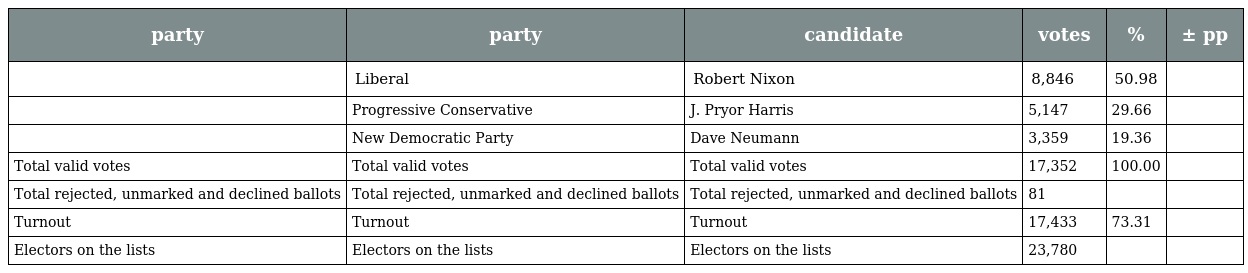
| party | party | candidate | votes | % | ± pp |
 | --- | --- | --- | --- | --- | --- |
 |  | Liberal | Robert Nixon | 8,846 | 50.98 |  |
 |  | Progressive Conservative | J. Pryor Harris | 5,147 | 29.66 |  |
 |  | New Democratic Party | Dave Neumann | 3,359 | 19.36 |  |
 | Total valid votes | Total valid votes | Total valid votes | 17,352 | 100.00 |  |
 | Total rejected, unmarked and declined ballots | Total rejected, unmarked and declined ballots | Total rejected, unmarked and declined ballots | 81 |  |  |
 | Turnout | Turnout | Turnout | 17,433 | 73.31 |  |
 | Electors on the lists | Electors on the lists | Electors on the lists | 23,780 |  |  |